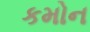
કમોન